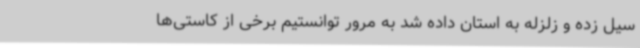
سیل زده و ‌زلزله به استان داده شد به مرور توانستیم برخی از کاستی‌ها